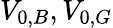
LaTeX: V_{0,B},V_{0,G}